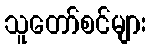
သူတော်စင်များ